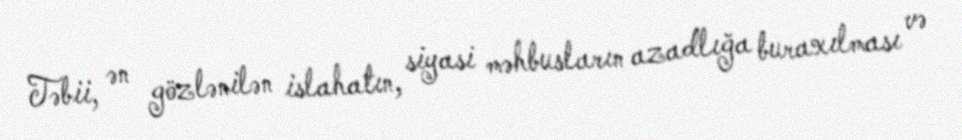
Təbii, ən gözlənilən islahatın, siyasi məhbusların azadlığa buraxılması və